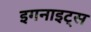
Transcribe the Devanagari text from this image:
इगनाइट्स